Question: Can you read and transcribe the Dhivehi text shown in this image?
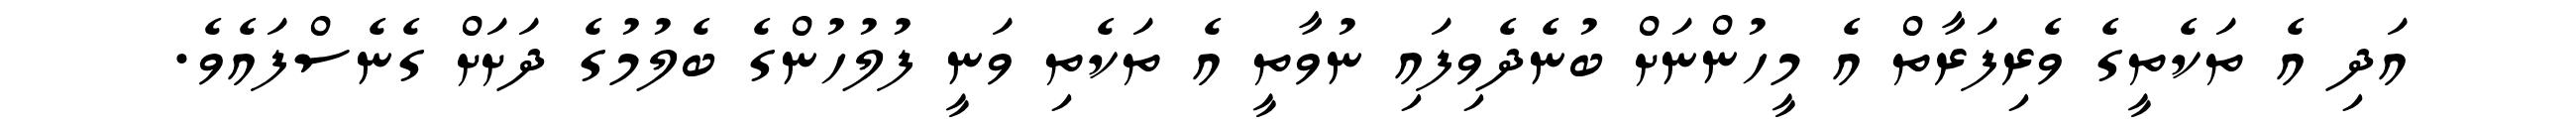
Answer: އަދި އެ ތަކެތީގެ ވެރިފަރާތް އެ މީހުންނަށް ބުނެދެވިފައި ނުވާތީ އެ ތަކެތި ވަނީ ފުލުހުންގެ ބެލުމުގެ ދަށަށް ގެނެސްފައެވެ.